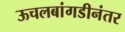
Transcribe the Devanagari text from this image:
ऊचलबांगडीनंतर